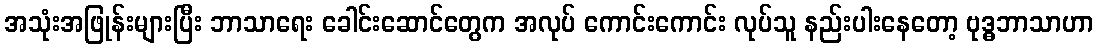
အသုံးအဖြုန်းများပြီး ဘာသာရေး ခေါင်းဆောင်တွေက အလုပ် ကောင်းကောင်း လုပ်သူ နည်းပါးနေတော့ ဗုဒ္ဓဘာသာဟာ